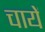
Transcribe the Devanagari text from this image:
चायें